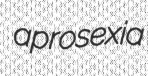
aprosexia